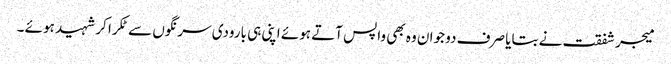
میجر شفقت نے بتایا صرف دو جوان وہ بھی واپس آتے ہوئے اپنی ہی بارودی سرنگوں سے ٹکرا کر شہید ہوئے ۔